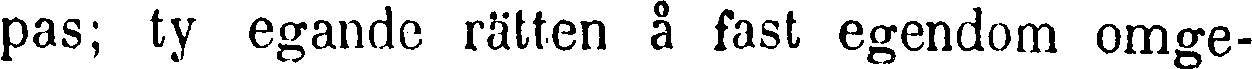
pas; ty egande rätten å fast egendom omge-